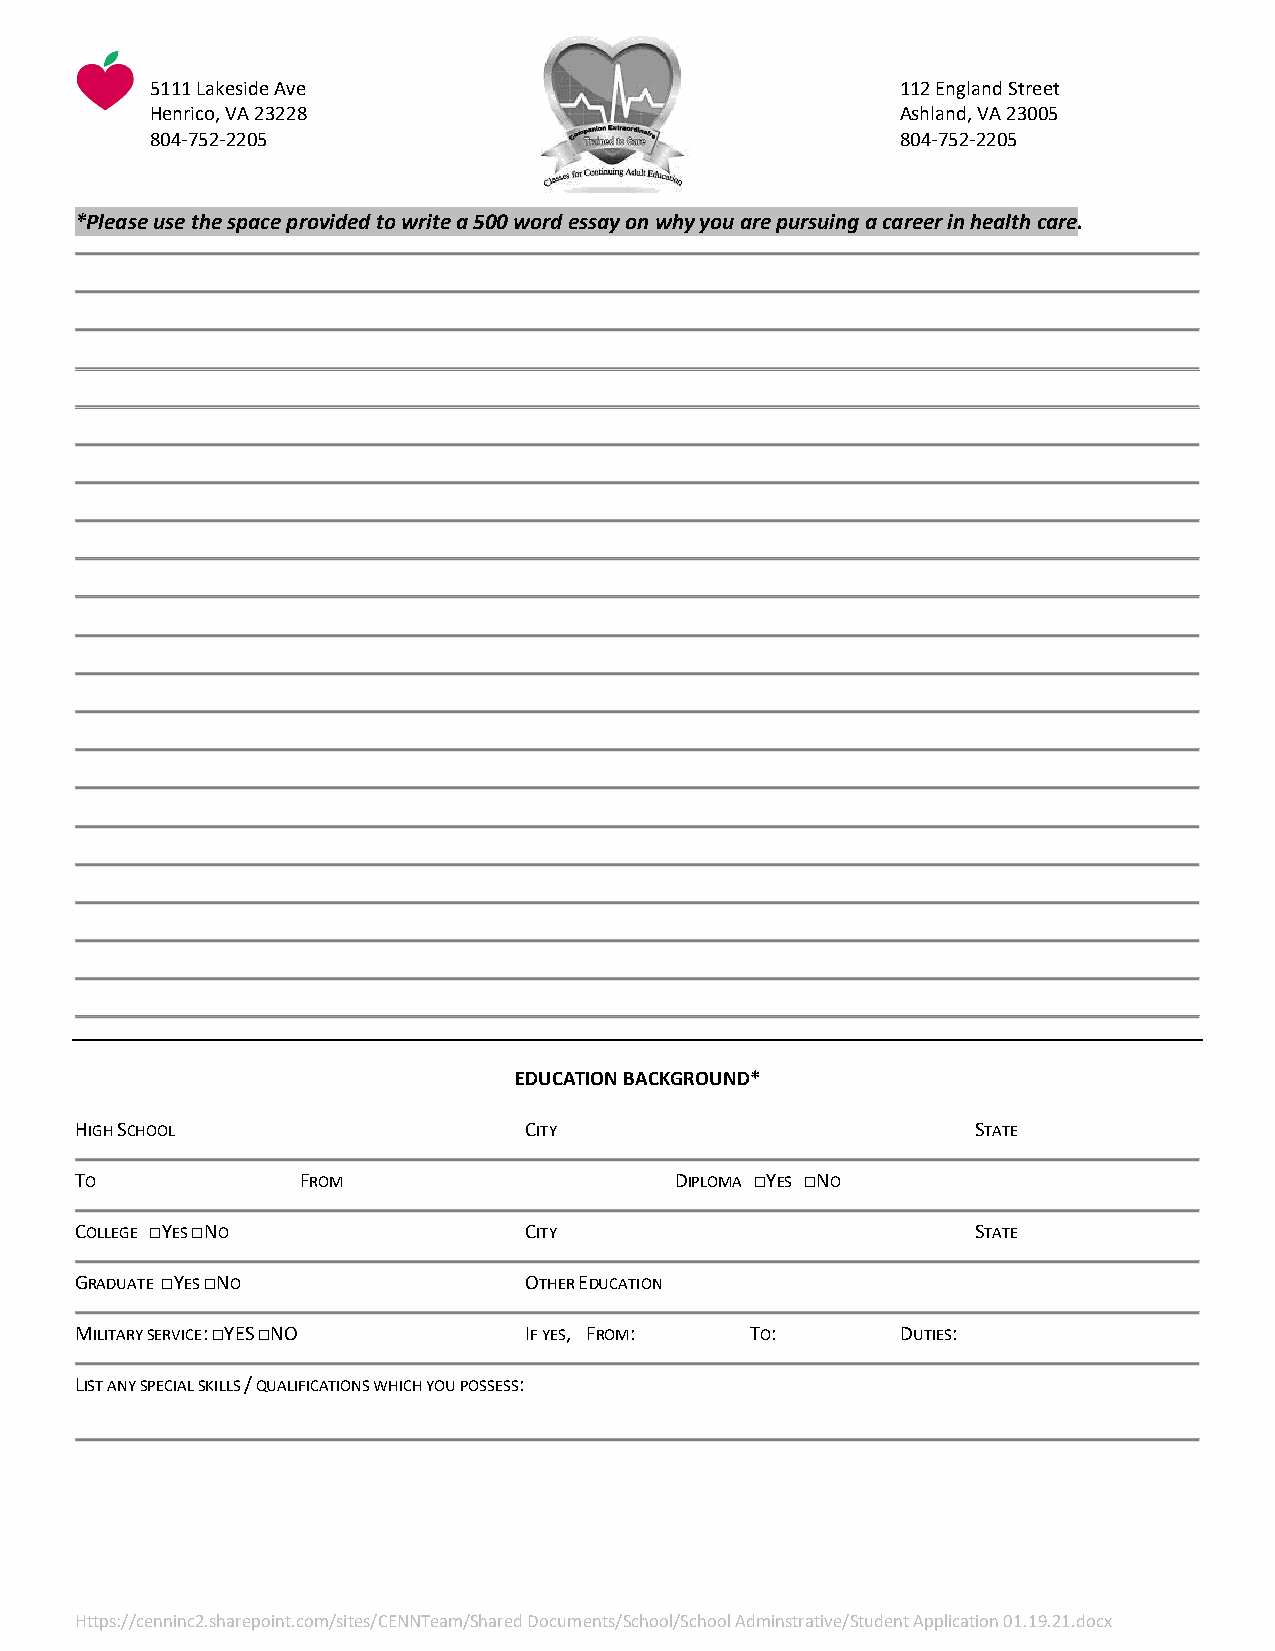
5111 Lakeside Ave                                 112 England Street
 Henrico, VA 23228                                 Ashland, VA 23005
 804-752-2205                                      804-752-2205
 *Please use the space provided to write a 500 word essay on why you are pursuing a career in health care.
 EDUCATION BACKGROUND*
 HIGH SCHOOL                   CITY                          STATE
 TO             FROM                     DIPLOMA □YES □NO
 COLLEGE □YES □NO              CITY                          STATE
 GRADUATE □YES □NO             OTHER EDUCATION
 MILITARY SERVICE: □YES □NO    IF YES, FROM:  TO:       DUTIES:
 LIST ANY SPECIAL SKILLS / QUALIFICATIONS WHICH YOU POSSESS:
 Https://cenninc2.sharepoint.com/sites/CENNTeam/Shared Documents/School/School Adminstrative/Student Application 01.19.21.docx